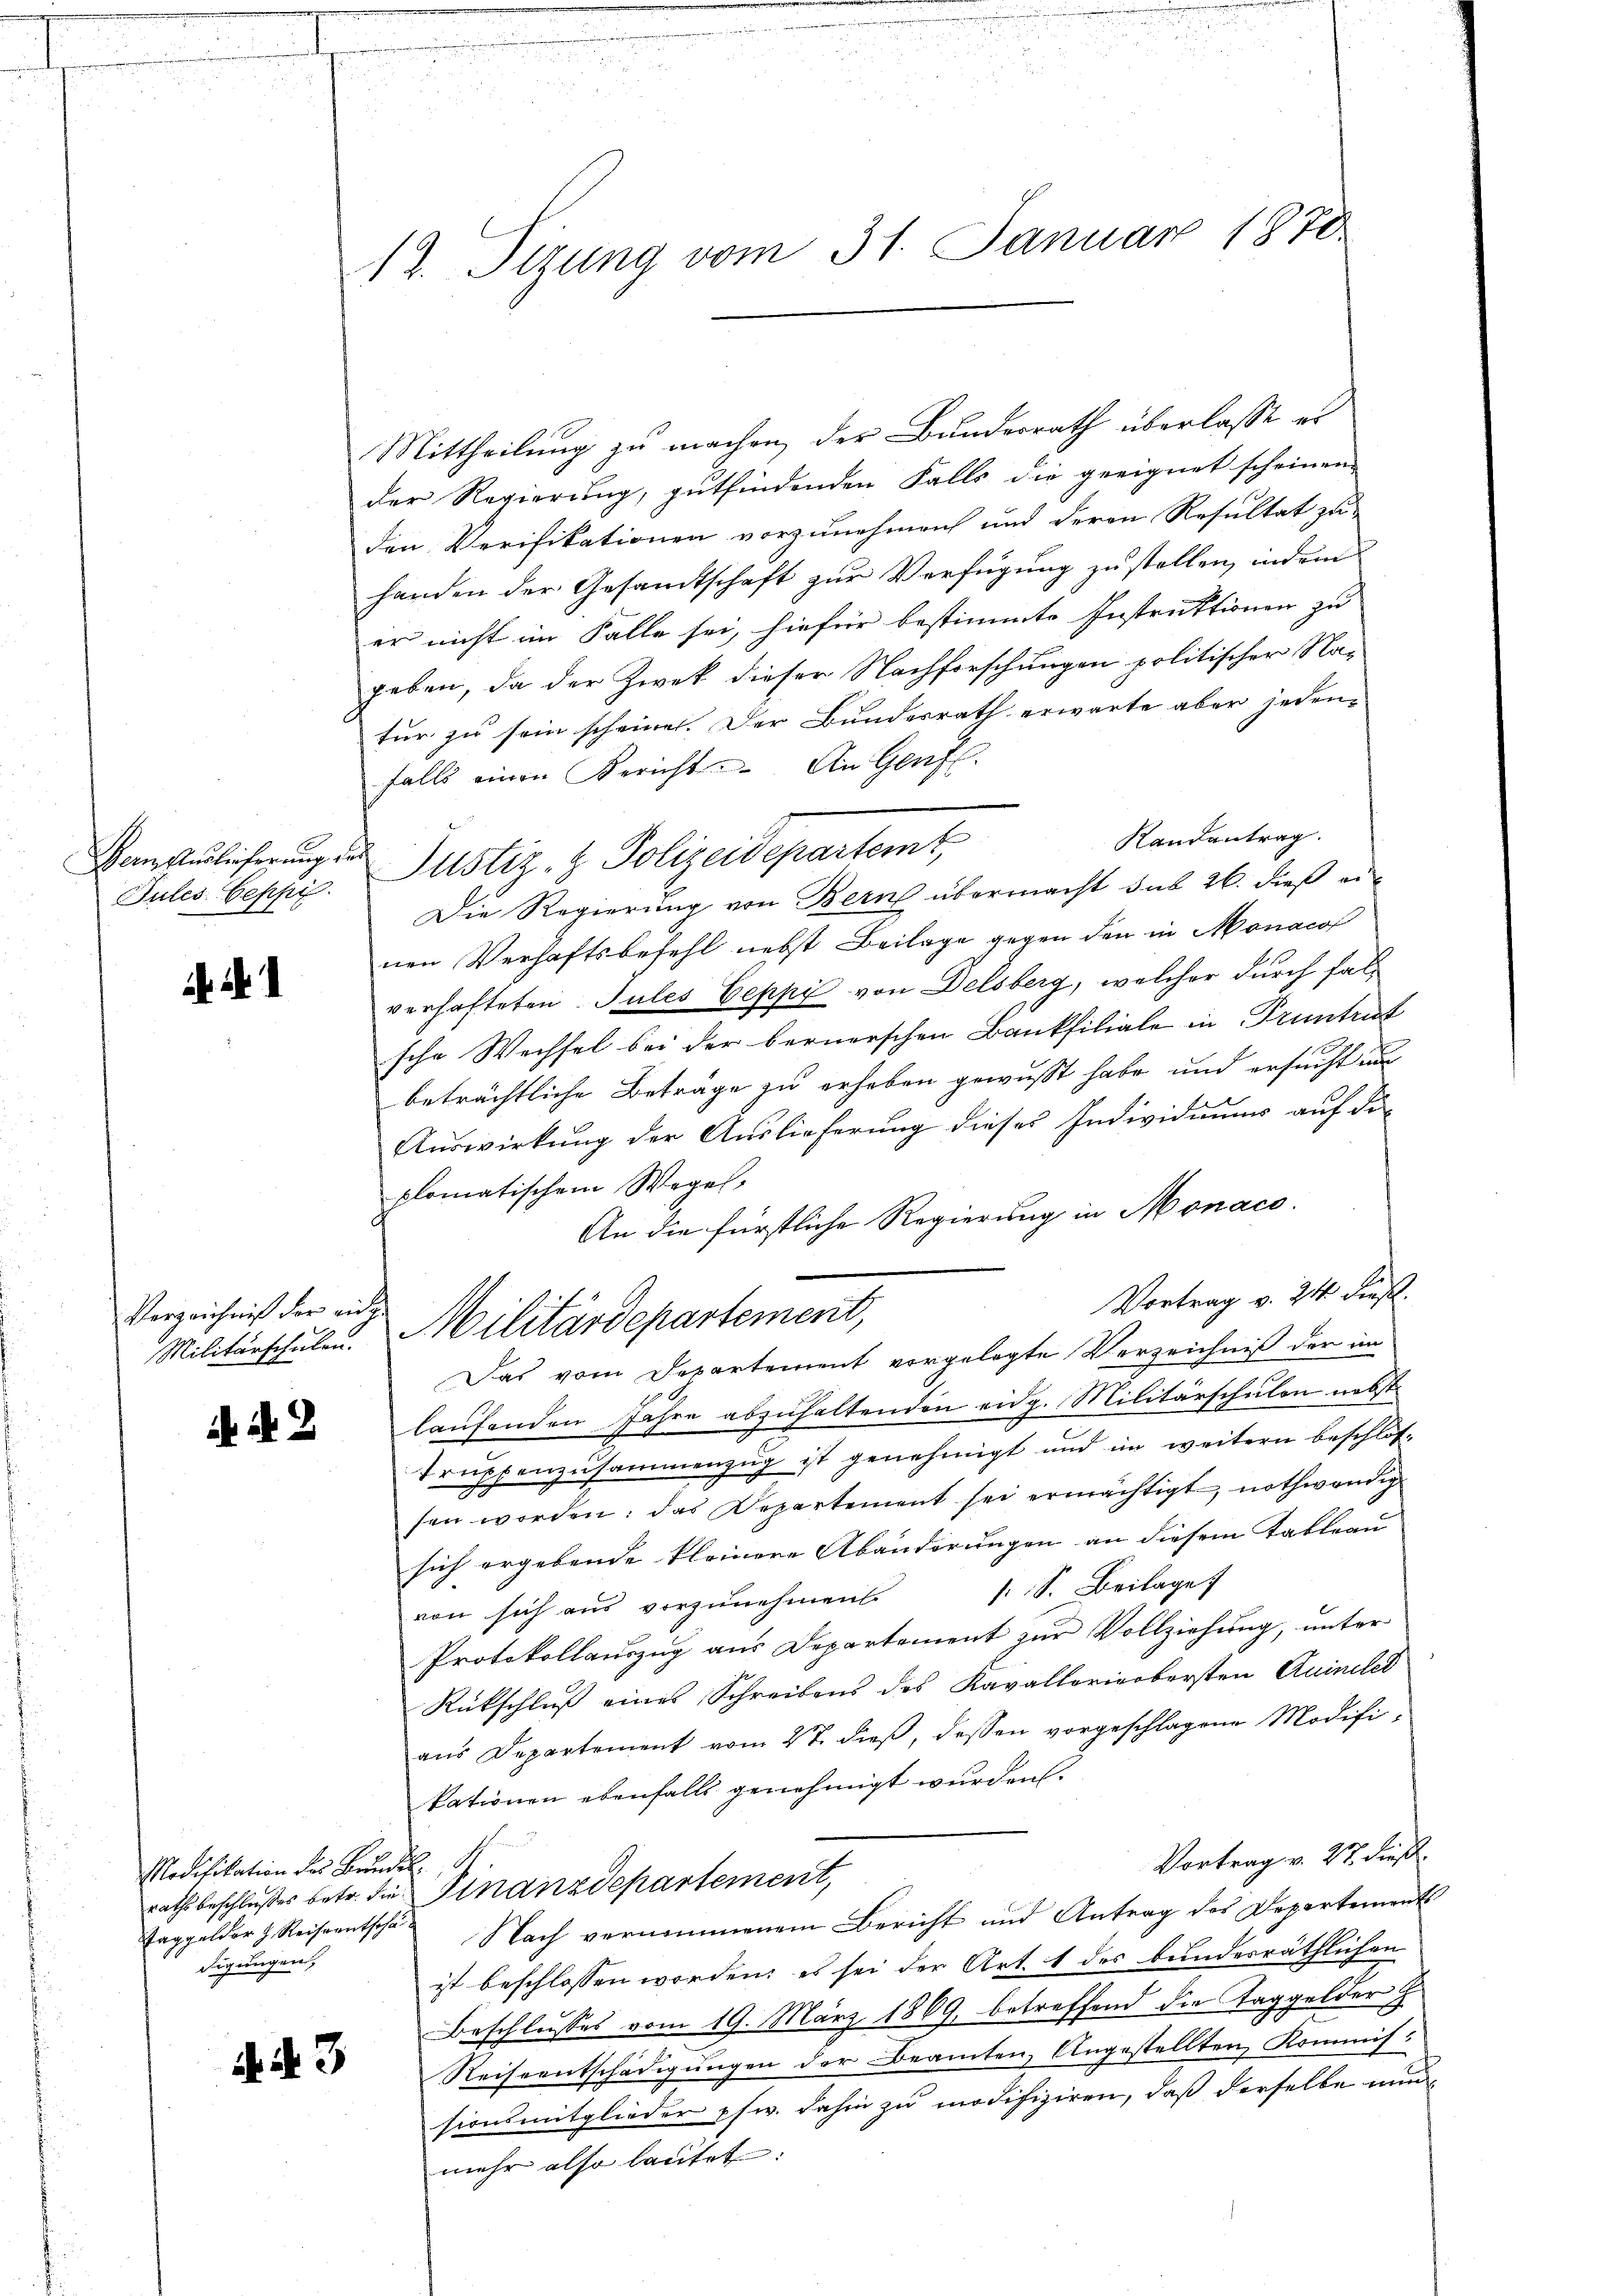
Bern Auslieferung des

Verzeichniß der eidge

N. 2

Mittheilung zu machen der Bundesrath überlasse es
der Regierung, gutfindenden Falls die geeignet scheinen
den Verifikationen vorzunehmen und deren Resultat zu
handen der Gesamtschaft zur Verfügung zu stellen, indem
er nicht im Falle sei, hiefür bestimmte Instruktionen zu
geben, da der Zwek dieser Nachforschungen politischer Na-
tur zu sein scheinen. Der Bundesrath erwarte aber jedenfalls einen Bericht. An Genf.
Randantrag.
Jules beschir Justiz- & Polizeidepartemt,
Die Regierung von Bern übermacht das 26. dieß einen Verhaftsbefehl nebst Beilage gegen den in Monacol
verhafteten Jules Oeppi von Delsberg, welcher durch falsche Wechsel bei der bernerschen Bankfiliale in Pruntrut
beträchtliche Beträge zu erheben gewußt habe und ersucht auc
Auswirkung der Auslieferung dieses Individuums auf die
plomatischem Weges,
An die fürstliche Regierung in Monaco.
Vortrag v. 24 dieß.
Militärschulen. Militärdepartement,
Das vom Departement vorgelegte Verzeichniß der im
laufenden Jahre abzuhaltenden eidg. Militärschulen nebst
Truppenzusammenzug ist genehmigt und im weitern beschlos-
sen worden; das Repartement sei ermächtigt, nothwendig
sich ergebende kleinere Abänderungen an diesem Tableau |
s. S. Beilage
von sich aus vorzunehmen
Protokollauszug aus Departement zur Vollziehung, unter
Rückschluß eines Schreibens des Kavallarierbersten Quinclet
aus Departement vom 27. dieß, dessen vorgeschlagene Modifikationen ebenfalls genehmigt wurden.
d
Vortrag v. 27. dieß
rathsbeschlußes betr. die Finanzdepartement,
Nach vernommenem Bericht und Antrag des Departements
ist beschlossen worden; es sei der Art. 1 des bundesräthlichen
Beschlusses vom 19. März 1869, betreffend die Taggelder E
Reiseentschädigungen der Beamten, Angestellten, Kommissionsmitglieder pfw. dahin zu modifiziren, daß derselbe nun
mehr also lautet:

Modifikation des Bundel
Taggelder h. Reiseentschä
digungen,

N. 3

17. Sizung vom 31. Januar 1870